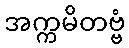
အက္ကမိတဗ္ဗံ